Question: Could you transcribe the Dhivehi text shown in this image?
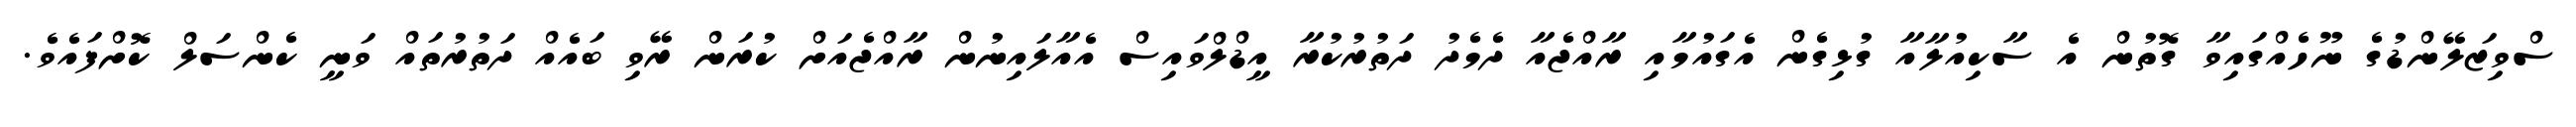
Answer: ސްވިޒަލޭންޑުގެ ނޫހެއްގައިވާ ގޮތުން އެ ސާކިއުލާއާ ގުޅިގެން އެގައުމާއި ރާއްޖެއާ ދެމެދު ދަތުރުކުރާ އީޑްލްވައިސް އެއާލައިނުން ރާއްޖެއަށް ކުރަން ރޭވި ބައެއް ދަތުރުތައް ވަނީ ކެންސަލް ކޮށްފައެވެ.